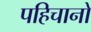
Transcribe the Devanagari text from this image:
पहिचानो